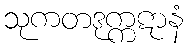
သုကတဒုက္ကဋာနံ